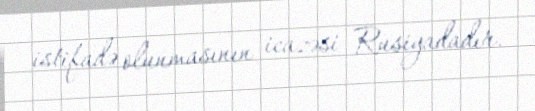
istifadə olunmasının icazəsi Rusiyadadır.